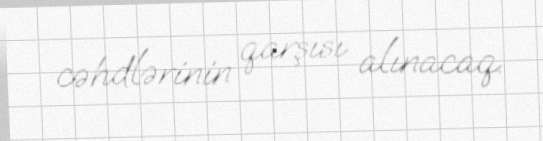
cəhdlərinin qarşısı alınacaq.